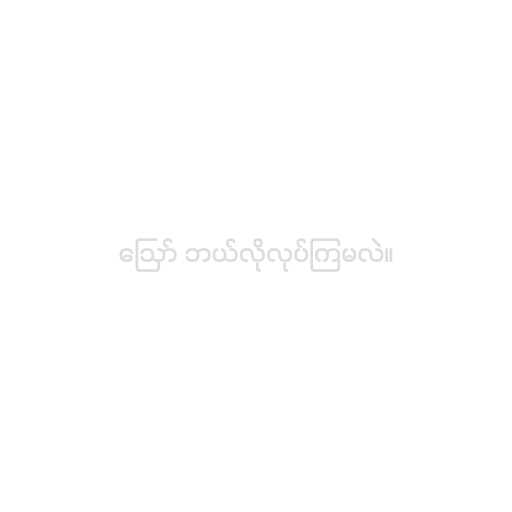
ဪ ဘယ်လိုလုပ်ကြမလဲ။